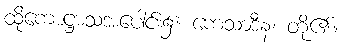
ထိုကောဋ္ဌာသအပေါင်း၌။ ကေသာဒီနံ၊ တို့၏။